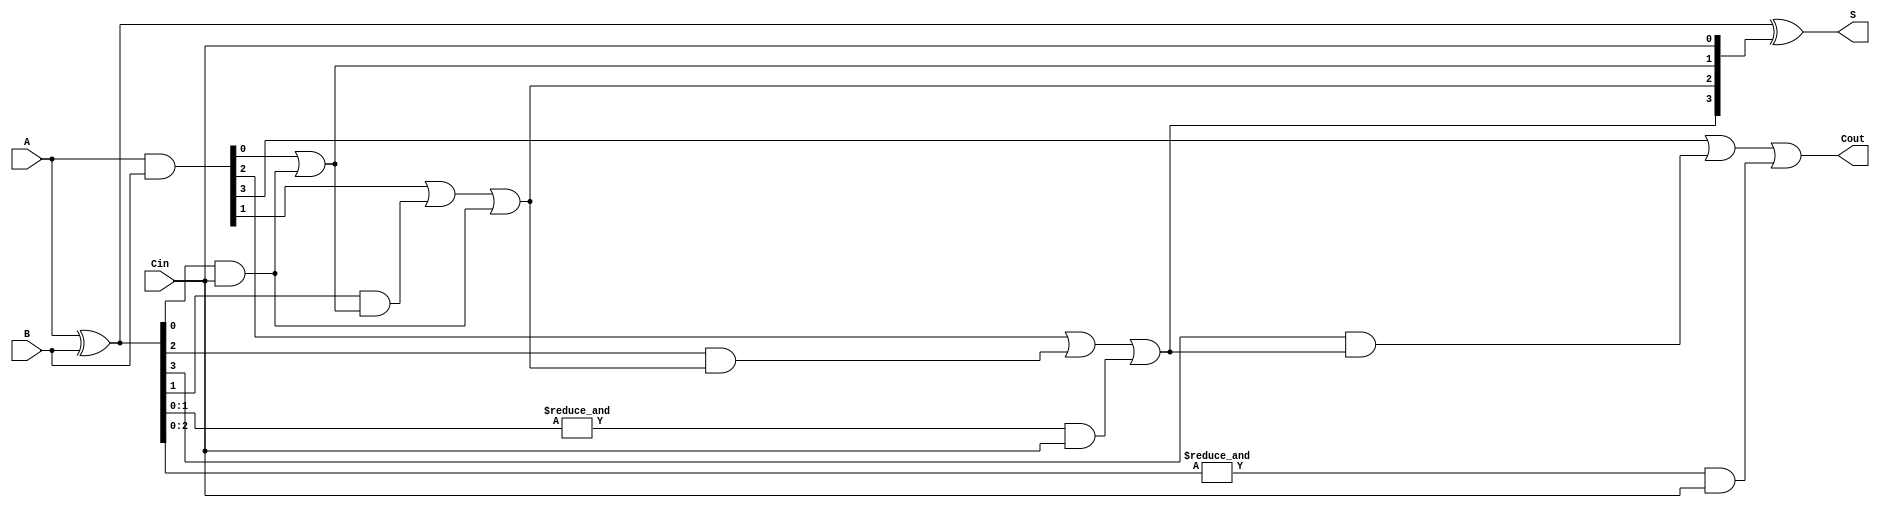
module CarryInLookaheadAdder #(
    parameter N = 4 // Number of bits
) (
    input  [N-1:0] A,       // First n-bit binary number
    input  [N-1:0] B,       // Second n-bit binary number
    input  Cin,             // Carry-in
    output [N-1:0] S,       // Sum output
    output Cout             // Carry-out
);

    // Internal signals for generate and propagate
    wire [N-1:0] G; // Generate signals
    wire [N-1:0] P; // Propagate signals
    wire [N:0] C;   // Carry signals

    // Generate and Propagate Logic
    assign G = A & B;            // G[i] = A[i] & B[i]
    assign P = A ^ B;            // P[i] = A[i] ^ B[i]

    // Carry Generation
    assign C[0] = Cin;           // C[0] = Cin
    genvar i;
    generate
        for (i = 0; i < N; i = i + 1) begin : carry_gen
            if (i == 0) begin
                assign C[i + 1] = G[i] | (P[i] & C[i]);  // C[1] = G[0] + (P[0] & C[0])
            end else begin
                assign C[i + 1] = G[i] | (P[i] & C[i]) | (&P[i-1:0] & C[0]); // C[i+1] calculation
            end
        end
    endgenerate

    // Sum Calculation
    assign S = P ^ C[N-1:0];     // S[i] = P[i] ^ C[i]

    // Carry-out
    assign Cout = C[N];          // Carry out is the final carry

endmodule